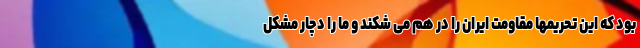
بود که این تحریمها مقاومت ایران را در هم می شکند و ما را دچار مشکل